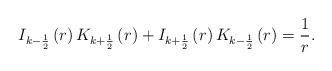
LaTeX: \begin{align*}I_{k-\frac 12}\left( r\right) K_{k+\frac 12}\left( r\right) +I_{k+\frac 12}\left( r\right) K_{k-\frac 12}\left( r\right) =\frac 1r. \end{align*}